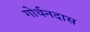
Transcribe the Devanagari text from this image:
गोर्धनदास